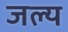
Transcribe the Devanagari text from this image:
जल्य